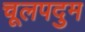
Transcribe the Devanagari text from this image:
चूलपदुम